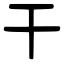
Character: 干